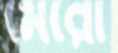
মেরো